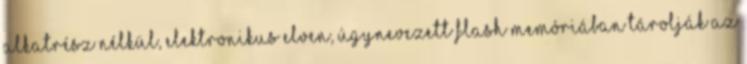
alkatrész nélkül, elektronikus elven, úgynevezett flash memóriában tárolják az